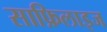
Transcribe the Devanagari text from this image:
साफ़िलाइज